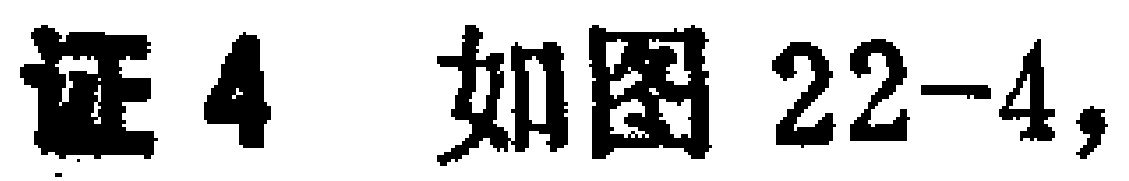
证4 如图22-4，